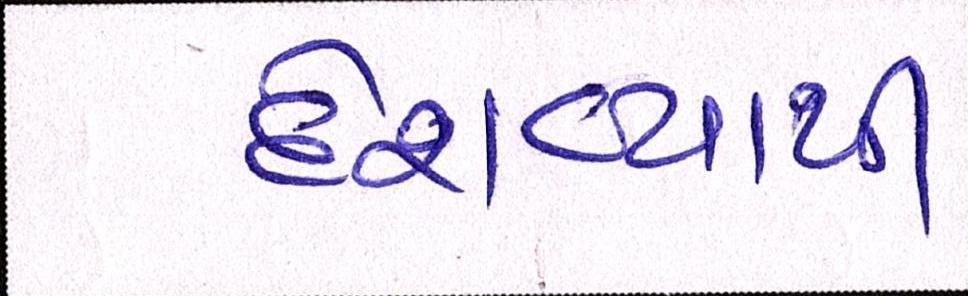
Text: દેશવ્યાપી